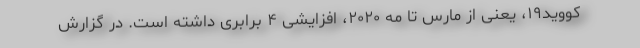
کووید۱۹، یعنی از مارس تا مه ۲۰۲۰، افزایشی ۴ برابری داشته است. در گزارش